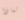
لماذا